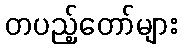
တပည့်တော်များ